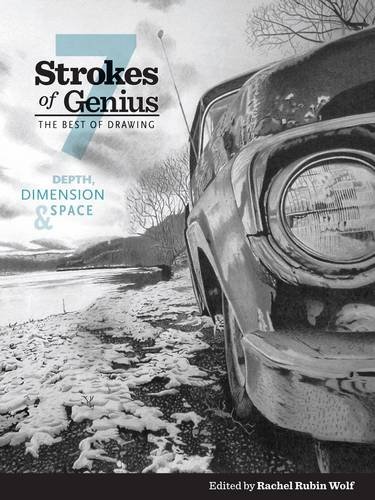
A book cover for Strokes of Genius 7: Depth, Dimension and Space (Strokes of Genius: The Best of Drawing); Arts & Photography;